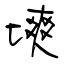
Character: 塽